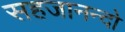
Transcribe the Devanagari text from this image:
सहजानन्दो